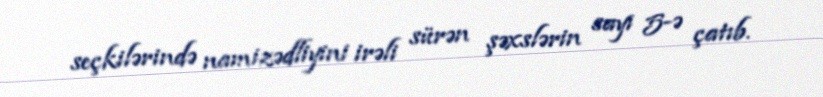
seçkilərində namizədliyini irəli sürən şəxslərin sayı 5-ə çatıb.